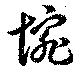
惋